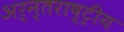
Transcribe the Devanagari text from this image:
अर्न्‍तराष्‍ट्रीय